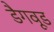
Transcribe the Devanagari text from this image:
डैगवूड